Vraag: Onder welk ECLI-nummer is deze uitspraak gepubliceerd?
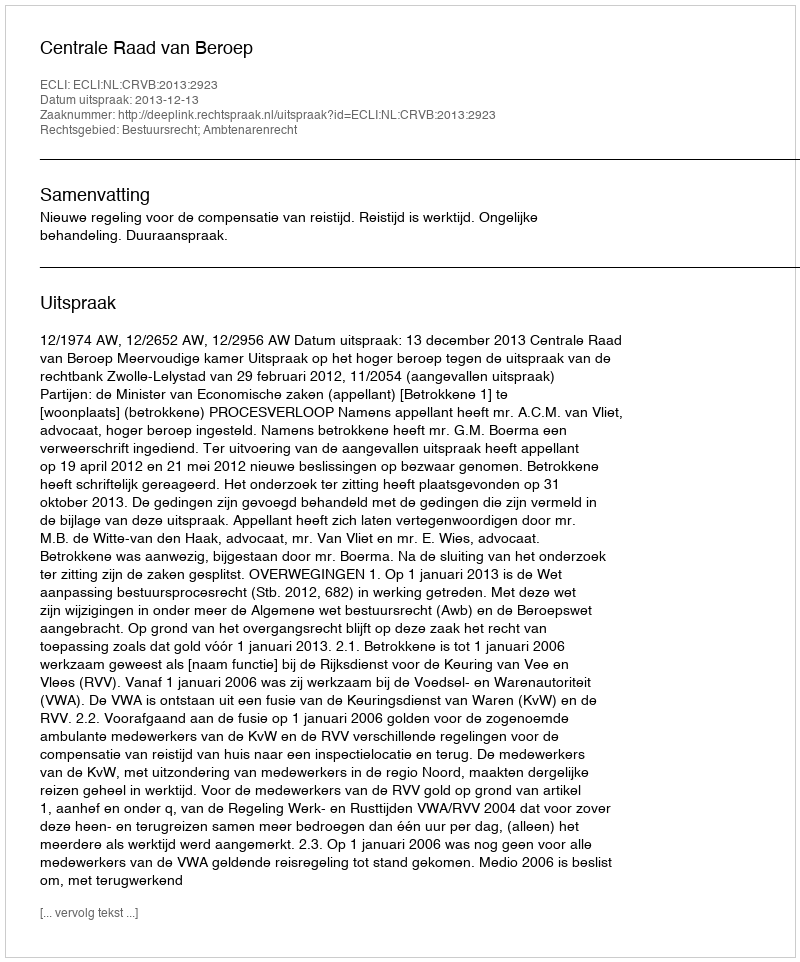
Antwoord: ECLI:NL:CRVB:2013:2923